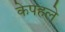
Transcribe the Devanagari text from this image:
केपहले